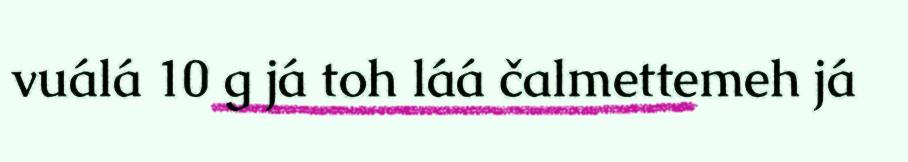
vuálá 10 g já toh láá čalmettemeh já